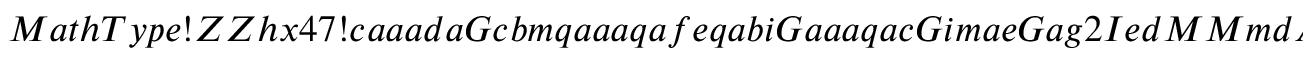
M a t h T y p e ! Z Z h x 4 7 ! c a a a d a G c b m q a a a q a f e q a b i G a a a q a c G i m a e G a g 2 I e d M M m d A N b r a G e d s